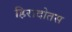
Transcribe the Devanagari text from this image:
हिरादोतस